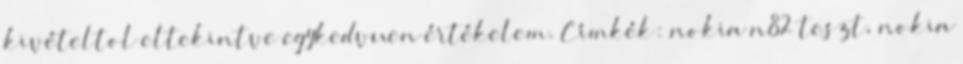
kivételtol eltekintve egykedvuen értékelem. Címkék: nokia n82 teszt, nokia